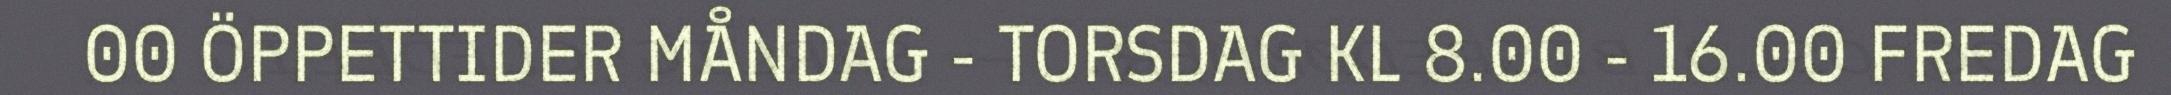
00 ÖPPETTIDER MÅNDAG - TORSDAG KL 8.00 - 16.00 FREDAG